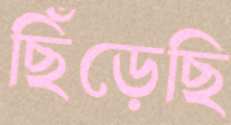
ছিঁড়েছি